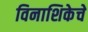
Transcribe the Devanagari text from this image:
विनाशिकेचे